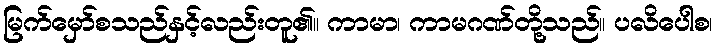
မြက်မှော်စသည်နှင့်လည်းတူ၏။ ကာမာ၊ ကာမဂဏ်တို့သည်။ ပလိပေါစ၊